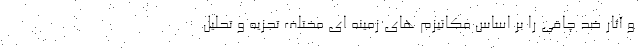
و آثار ضد چاقی را بر اساس مکانیزم های زمینه ای مختلف تجزیه و تحلیل